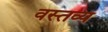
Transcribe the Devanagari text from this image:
वस्तव्य